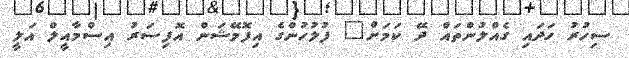
ސިހުރު ހަދައި ގެއްލުންތައް ދޭ ކަމަށް" ފުލުހުންގެ އިފޮމޭޝަން އޮފިސަރު އިސްމާއީލް އަލީ